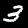
Digit: 3